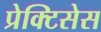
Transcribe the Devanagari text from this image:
प्रेक्टिसेस